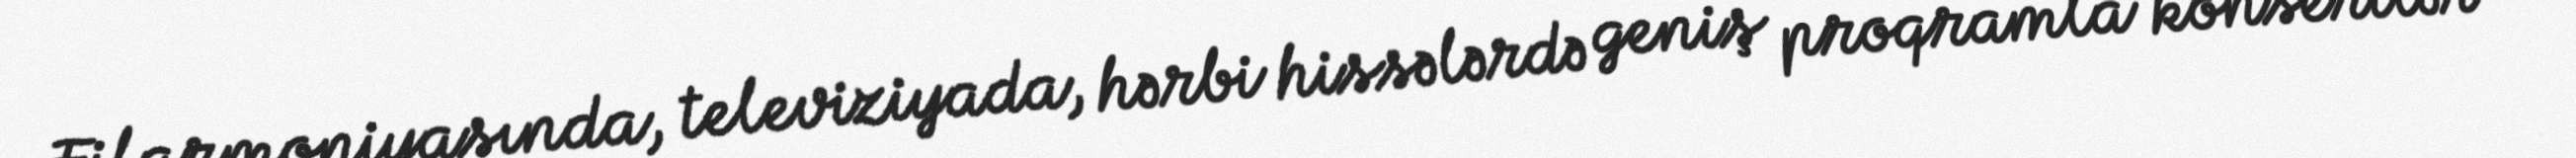
Filarmoniyasında, televiziyada, hərbi hissələrdə geniş proqramla konsertlər